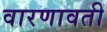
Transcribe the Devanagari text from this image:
वारणावती